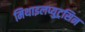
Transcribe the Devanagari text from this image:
मिथाइलप्युट्रसिन